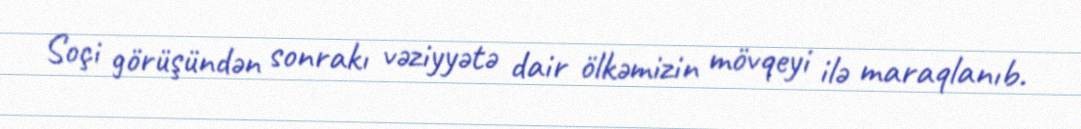
Soçi görüşündən sonrakı vəziyyətə dair ölkəmizin mövqeyi ilə maraqlanıb.